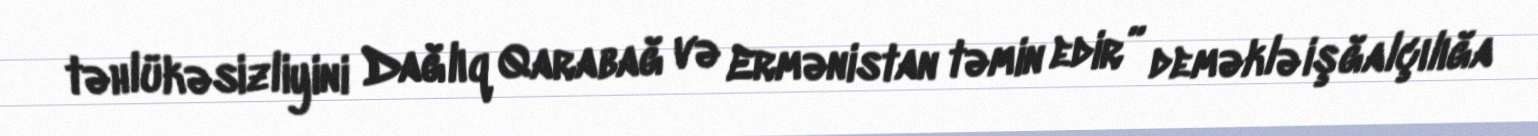
təhlükəsizliyini Dağlıq Qarabağ və Ermənistan təmin edir” deməklə işğalçılığa